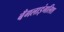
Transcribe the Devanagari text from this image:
बँगलाइंगलिश